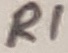
Text: R1